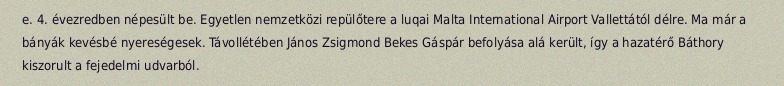
e. 4. évezredben népesült be. Egyetlen nemzetközi repülőtere a luqai Malta International Airport Vallettától délre. Ma már a bányák kevésbé nyereségesek. Távollétében János Zsigmond Bekes Gáspár befolyása alá került, így a hazatérő Báthory kiszorult a fejedelmi udvarból.